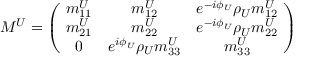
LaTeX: M ^ { U } = \left( \! { \begin{array} { c c c } { { { m _ { 1 1 } ^ { U } } } } & { { { m _ { 1 2 } ^ { U } } } } & { { e ^ { { - i { \phi _ { U } } } } { \rho _ { U } } { m _ { 1 2 } ^ { U } } } } \\ { { { m _ { 2 1 } ^ { U } } } } & { { { m _ { 2 2 } ^ { U } } } } & { { e ^ { { - i { \phi _ { U } } } } { \rho _ { U } } { m _ { 2 2 } ^ { U } } } } \\ { { 0 } } & { { e ^ { { i { \phi _ { U } } } } { \rho _ { U } } { m _ { 3 3 } ^ { U } } } } & { { { m _ { 3 3 } ^ { U } } } } \end{array} } \! \right)